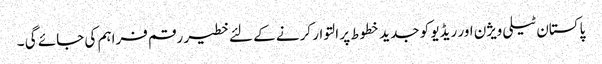
پاکستان ٹیلی ویژن اور ریڈیو کو جدید خطوط پر التوار کرنے کے لئے خطیر رقم فراہم کی جائے گی ۔